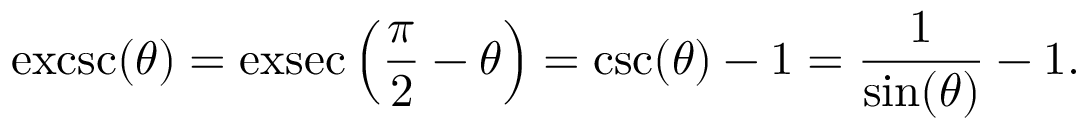
\operatorname { e x c s c } ( \theta ) = \operatorname { e x s e c } \left( { \frac { \pi } { 2 } } - \theta \right) = \csc ( \theta ) - 1 = { \frac { 1 } { \sin ( \theta ) } } - 1 .